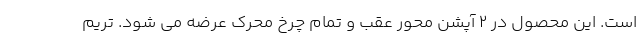
است. این محصول در 2 آپشن محور عقب و تمام چرخ محرک عرضه می شود. تریم